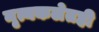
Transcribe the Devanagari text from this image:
नृत्यकलेतही